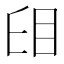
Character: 𥄤